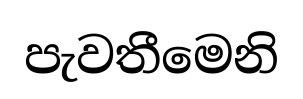
පැවතීමෙනි